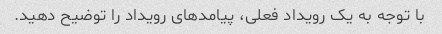
با توجه به یک رویداد فعلی، پیامدهای رویداد را توضیح دهید.